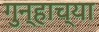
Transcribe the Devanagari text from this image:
गुन्हाच्या